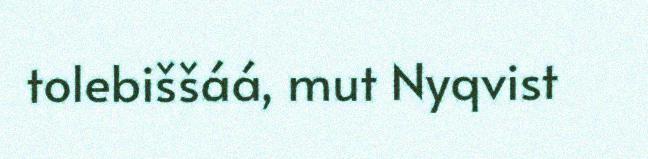
tolebiššáá, mut Nyqvist